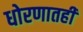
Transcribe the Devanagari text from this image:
धोरणातही